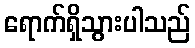
ရောက်ရှိသွားပါသည်